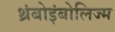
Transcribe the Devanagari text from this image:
थ्रंबोइंबोलिज्म